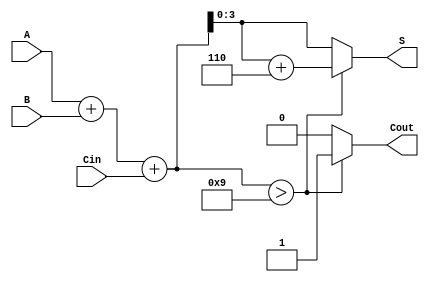
module BCD_Adder (
    input [3:0] A,     // First BCD digit
    input [3:0] B,     // Second BCD digit
    input Cin,         // Carry-in
    output reg [3:0] S, // BCD sum output
    output reg Cout     // Carry-out
);

    // Internal wire for the binary sum
    wire [4:0] Sum; // 5-bit sum to accommodate carry
    wire [4:0] Corrected_Sum;

    // Step 1: Perform binary addition
    assign Sum = A + B + Cin;

    // Step 2: Determine if correction is needed
    always @(*) begin
        if (Sum > 9) begin
            // Apply BCD correction by adding 6 (0110)
            Corrected_Sum = Sum + 5'd6; // 5'd6 is the decimal representation of 6
            Cout = 1; // Set carry-out
        end else begin
            Corrected_Sum = Sum;
            Cout = 0; // No carry-out
        end
        // Step 3: Assign the lower 4 bits of the corrected sum to S
        S = Corrected_Sum[3:0];
    end

endmodule